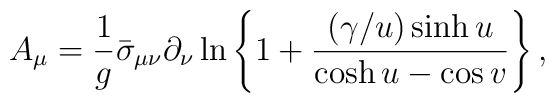
A_{\mu} = \frac{1}{g}\bar{\sigma}_{\mu\nu}\partial_{\nu}  \ln\left\{1+ \frac{(\gamma/u) \sinh u}{\cosh u-\cos v}\right\} ,